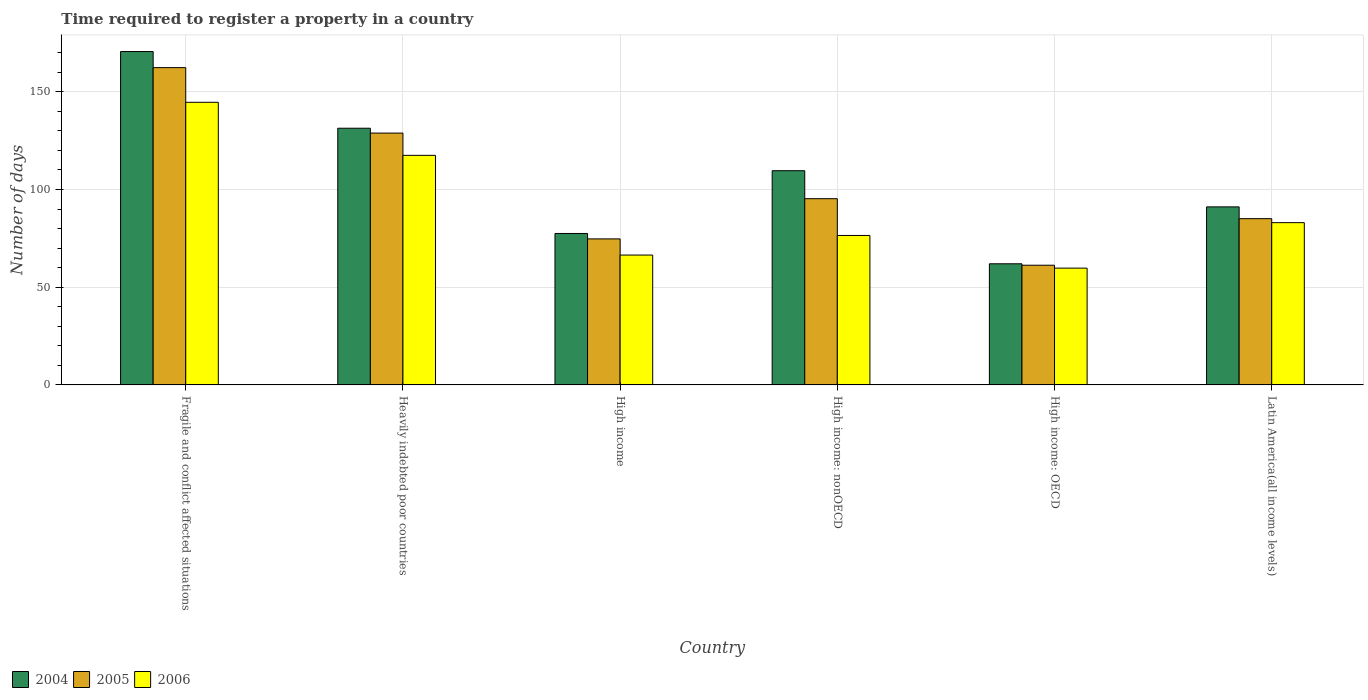
| Country | 2004 | 2005 | 2006 |
 | --- | --- | --- | --- |
 | Fragile and conflict affected situations | 171 | 162 | 145 |
 | Heavily indebted poor countries | 131 | 129 | 117 |
 | High income | 77.5 | 74.7 | 66.5 |
 | High income: nonOECD | 110 | 95.3 | 76.5 |
 | High income: OECD | 62 | 61.2 | 59.8 |
 | Latin America(all income levels) | 91.1 | 85.1 | 83 |